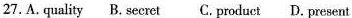
27. A. Quality B. Secret C. Product D. Present